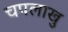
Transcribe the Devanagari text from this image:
चपलाखु